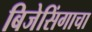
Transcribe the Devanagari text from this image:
बिजेसिंगाचा